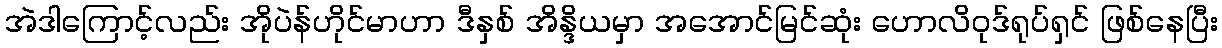
အဲဒါကြောင့်လည်း အိုပဲန်ဟိုင်မာဟာ ဒီနှစ် အိန္ဒိယမှာ အအောင်မြင်ဆုံး ဟောလိဝုဒ်ရုပ်ရှင် ဖြစ်နေပြီး